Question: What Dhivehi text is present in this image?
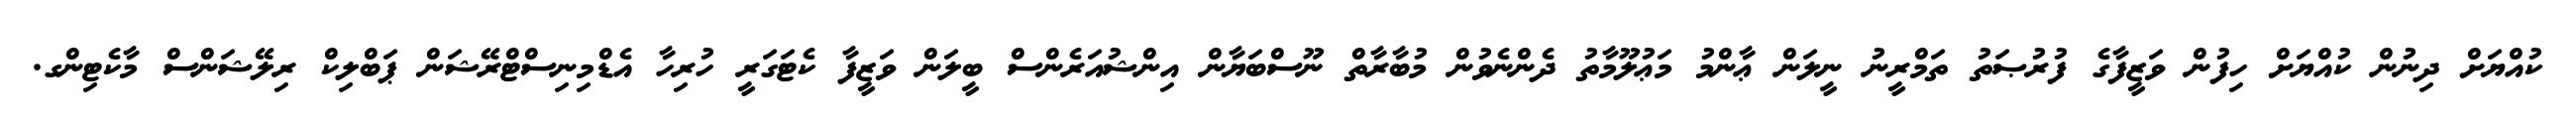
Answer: ކުއްޔަށް ދިނުން ކުއްޔަށް ހިފުން ވަޒީފާގެ ފުރުޞަތު ތަމްރީނު ނީލަން ޢާންމު މަޢުލޫމާތު ދެންނެވުން މުބާރާތް ނޫސްބަޔާން އިންޝުއަރެންސް ބީލަން ވަޒީފާ ކެޓަގަރީ ހުރިހާ އެޑްމިނިސްޓްރޭޝަން ޕަބްލިކް ރިލޭޝަންސް މާކެޓިންގ.